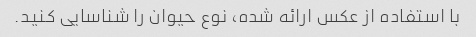
با استفاده از عکس ارائه شده، نوع حیوان را شناسایی کنید.